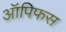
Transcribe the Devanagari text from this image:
ऑपिफस